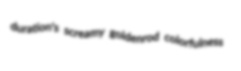
duration's screamy goldenrod colorfulness